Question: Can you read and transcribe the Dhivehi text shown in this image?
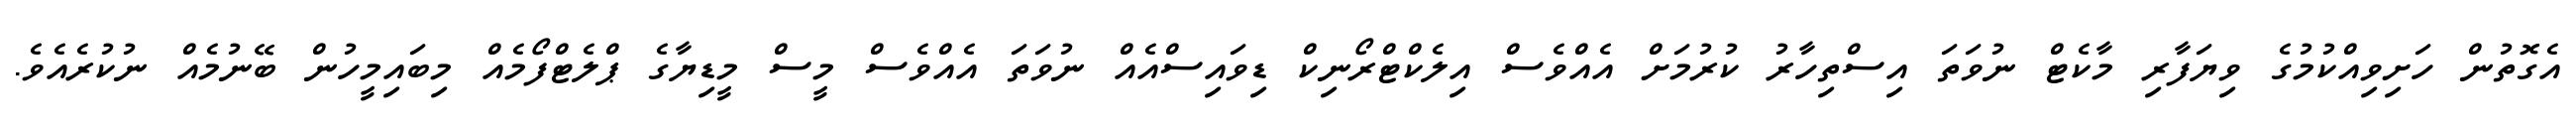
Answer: އެގޮތުން ހަށިވިއްކުމުގެ ވިޔަފާރި މާކެޓް ނުވަތަ އިސްތިހާރު ކުރުމަށް އެއްވެސް އިލެކްޓްރޯނިކް ޑިވައިސްއެއް ނުވަތަ އެއްވެސް މީސް މީޑިޔާގެ ޕްލެޓްފޯމެއް މިބައިމީހުން ބޭނުމެއް ނުކުރެއެވެ.